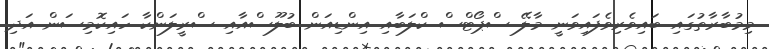
މިމުބާރާތުގައި ބައިވެރިވެފައިވަނީ މާލޭ ސްޕޯޓްސް ކްލަބާއި އިންޑިއަން ބުލޫސްއާއި ސްރީލަންކާ ހައިކޮމިސަން އަދި